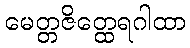
မေတ္တဇိတ္ထေရဂါထာ